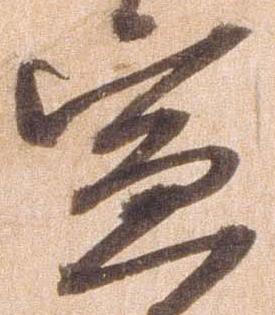
宣